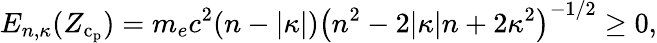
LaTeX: E_{n,\kappa}(Z_{\mathrm{c}_{\mathrm{p}}})=m_{e}c^{2}(n-|\kappa|)\left(n^{2}-2|\kappa|n+2\kappa^{2}\right)^{-1/2}\ge 0,